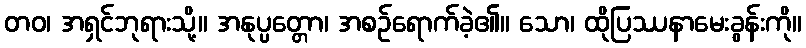
တဝ၊ အရှင်ဘုရားသို့။ အနုပ္ပတ္တော၊ အစဉ်ရောက်ခဲ့၏။ သော၊ ထိုပြဿနာမေးခွန်းကို။